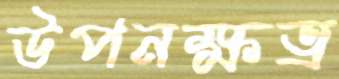
উপনক্ষত্র